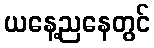
ယနေ့ညနေတွင်